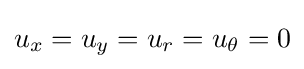
u_{x}=u_{y}=u_{r}=u_{\theta }=0